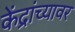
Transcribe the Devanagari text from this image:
केंद्रांच्यावर